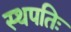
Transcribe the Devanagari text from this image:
स्थपतिः